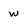
Character: w